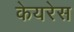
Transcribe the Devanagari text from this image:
केयरेस